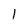
Character: 1